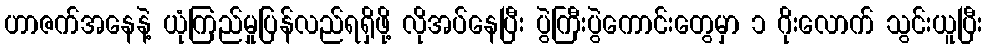
ဟာဇက်အနေနဲ့ ယုံကြည်မှုပြန်လည်ရရှိဖို့ လိုအပ်နေပြီး ပွဲကြီးပွဲကောင်းတွေမှာ ၁ ဂိုးလောက် သွင်းယူပြီး